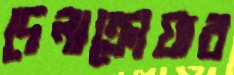
দেলাক্রোয়ার